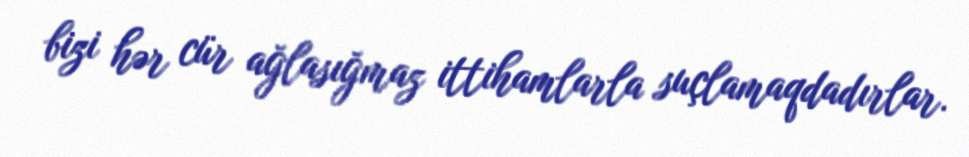
bizi hər cür ağlasığmaz ittihamlarla suçlamaqdadırlar.